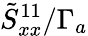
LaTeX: \tilde{S}_{xx}^{11}/\Gamma_{a}